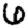
Digit: 6